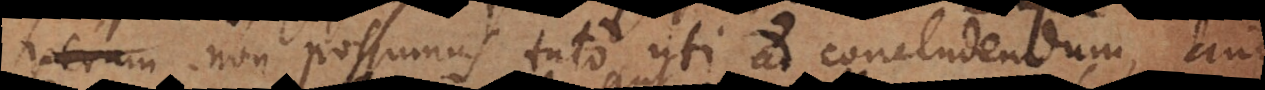
non possumus tuto uti ad concludendum, ante